Scottish Leaving Certificate Examination, 1954
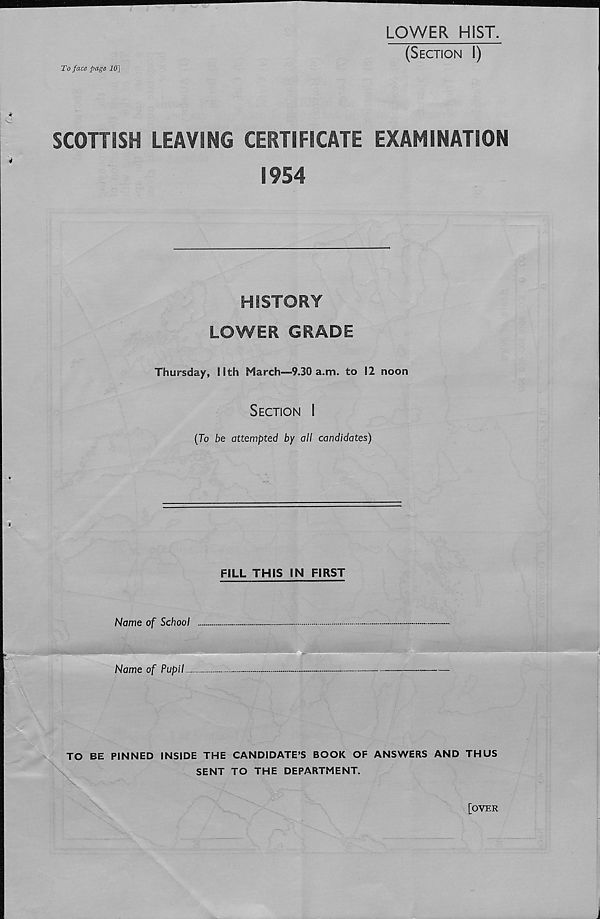
To face page 10]
LOWER HIST.
(Section I)
SCOTTISH LEAVING CERTIFICATE EXAMINATION
1954
HISTORY
LOWER GRADE
Thursday, lith March-—9.30 a.m. to 12 noon
Section I
(To be attempted by all candidates)
FILL THIS IN FIRST
Name of School
Name of Pupil
TO BE PINNED INSIDE THE CANDIDATE’S BOOK OF ANSWERS AND THUS
SENT TO THE DEPARTMENT.
[OVER